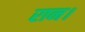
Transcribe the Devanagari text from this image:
रान।